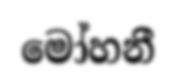
මෝහනී